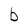
Character: b